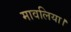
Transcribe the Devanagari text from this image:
मावलिया।